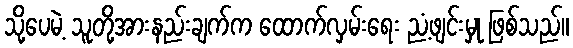
သို့ပေမဲ့ သူတို့အားနည်းချက်က ထောက်လှမ်းရေး ညံ့ဖျင်းမှု ဖြစ်သည်။